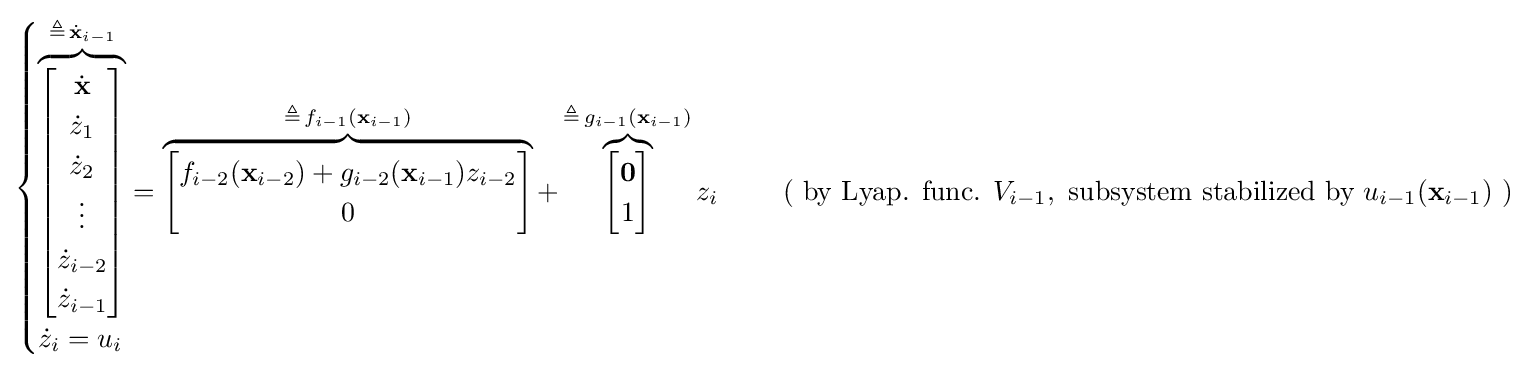
{\begin{cases}\overbrace {\begin{bmatrix}{\dot {\mathbf {x} }}\\{\dot {z}}_{1}\\{\dot {z}}_{2}\\\vdots \\{\dot {z}}_{i-2}\\{\dot {z}}_{i-1}\end{bmatrix}} ^{\triangleq \,{\dot {\mathbf {x} }}_{i-1}}=\overbrace {\begin{bmatrix}f_{i-2}(\mathbf {x} _{i-2})+g_{i-2}(\mathbf {x} _{i-1})z_{i-2}\\0\end{bmatrix}} ^{\triangleq \,f_{i-1}(\mathbf {x} _{i-1})}+\overbrace {\begin{bmatrix}\mathbf {0} \\1\end{bmatrix}} ^{\triangleq \,g_{i-1}(\mathbf {x} _{i-1})}z_{i}&\quad {\text{ ( by Lyap. func. }}V_{i-1},{\text{ subsystem stabilized by }}u_{i-1}({\textbf {x}}_{i-1}){\text{ )}}\\{\dot {z}}_{i}=u_{i}\end{cases}}